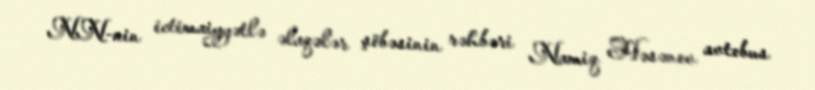
NN-nin ictimaiyyətlə əlaqələr şöbəsinin rəhbəri Namiq Həsənov avtobus